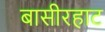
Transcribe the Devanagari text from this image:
बासीरहाट